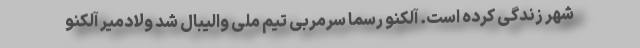
شهر زندگی کرده است. آلکنو رسما سرمربی تیم ملی والیبال شد ولادمیر آلکنو